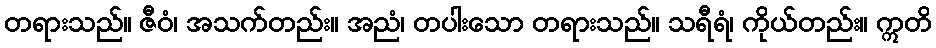
တရားသည်။ ဇီဝံ၊ အသက်တည်း။ အညံ၊ တပါးသော တရားသည်။ သရီရံ၊ ကိုယ်တည်း။ ဣတိ